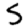
Digit: 5